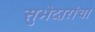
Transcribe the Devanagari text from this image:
सुभेदारांचा